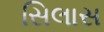
સિલાસ